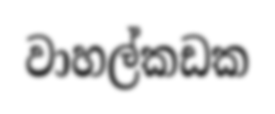
වාහල්කඩක